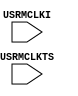
// Dummy for ECP5's SPI mux
// For testing, output the SPI clock through both an unused FPGA pin and USRMCLK.

`timescale 1 ns / 1 ps

module USRMCLK (
    input wire USRMCLKI,
    input wire USRMCLKTS
);

endmodule